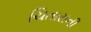
ચિતારાની